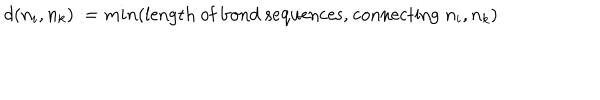
LaTeX: d ( n _ { i } , n _ { k } ) : = m i n ( \mathrm { l e n g t h ~ o f ~ b o n d ~ s e q u e n c e s , ~ c o n n e c t i n g } \; n _ { i } , n _ { k } )